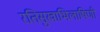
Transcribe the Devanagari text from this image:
रतिसुखाभिलाषिणी